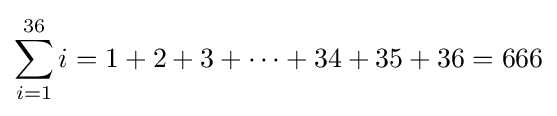
\sum _{i=1}^{36}i=1+2+3+\cdots +34+35+36=666